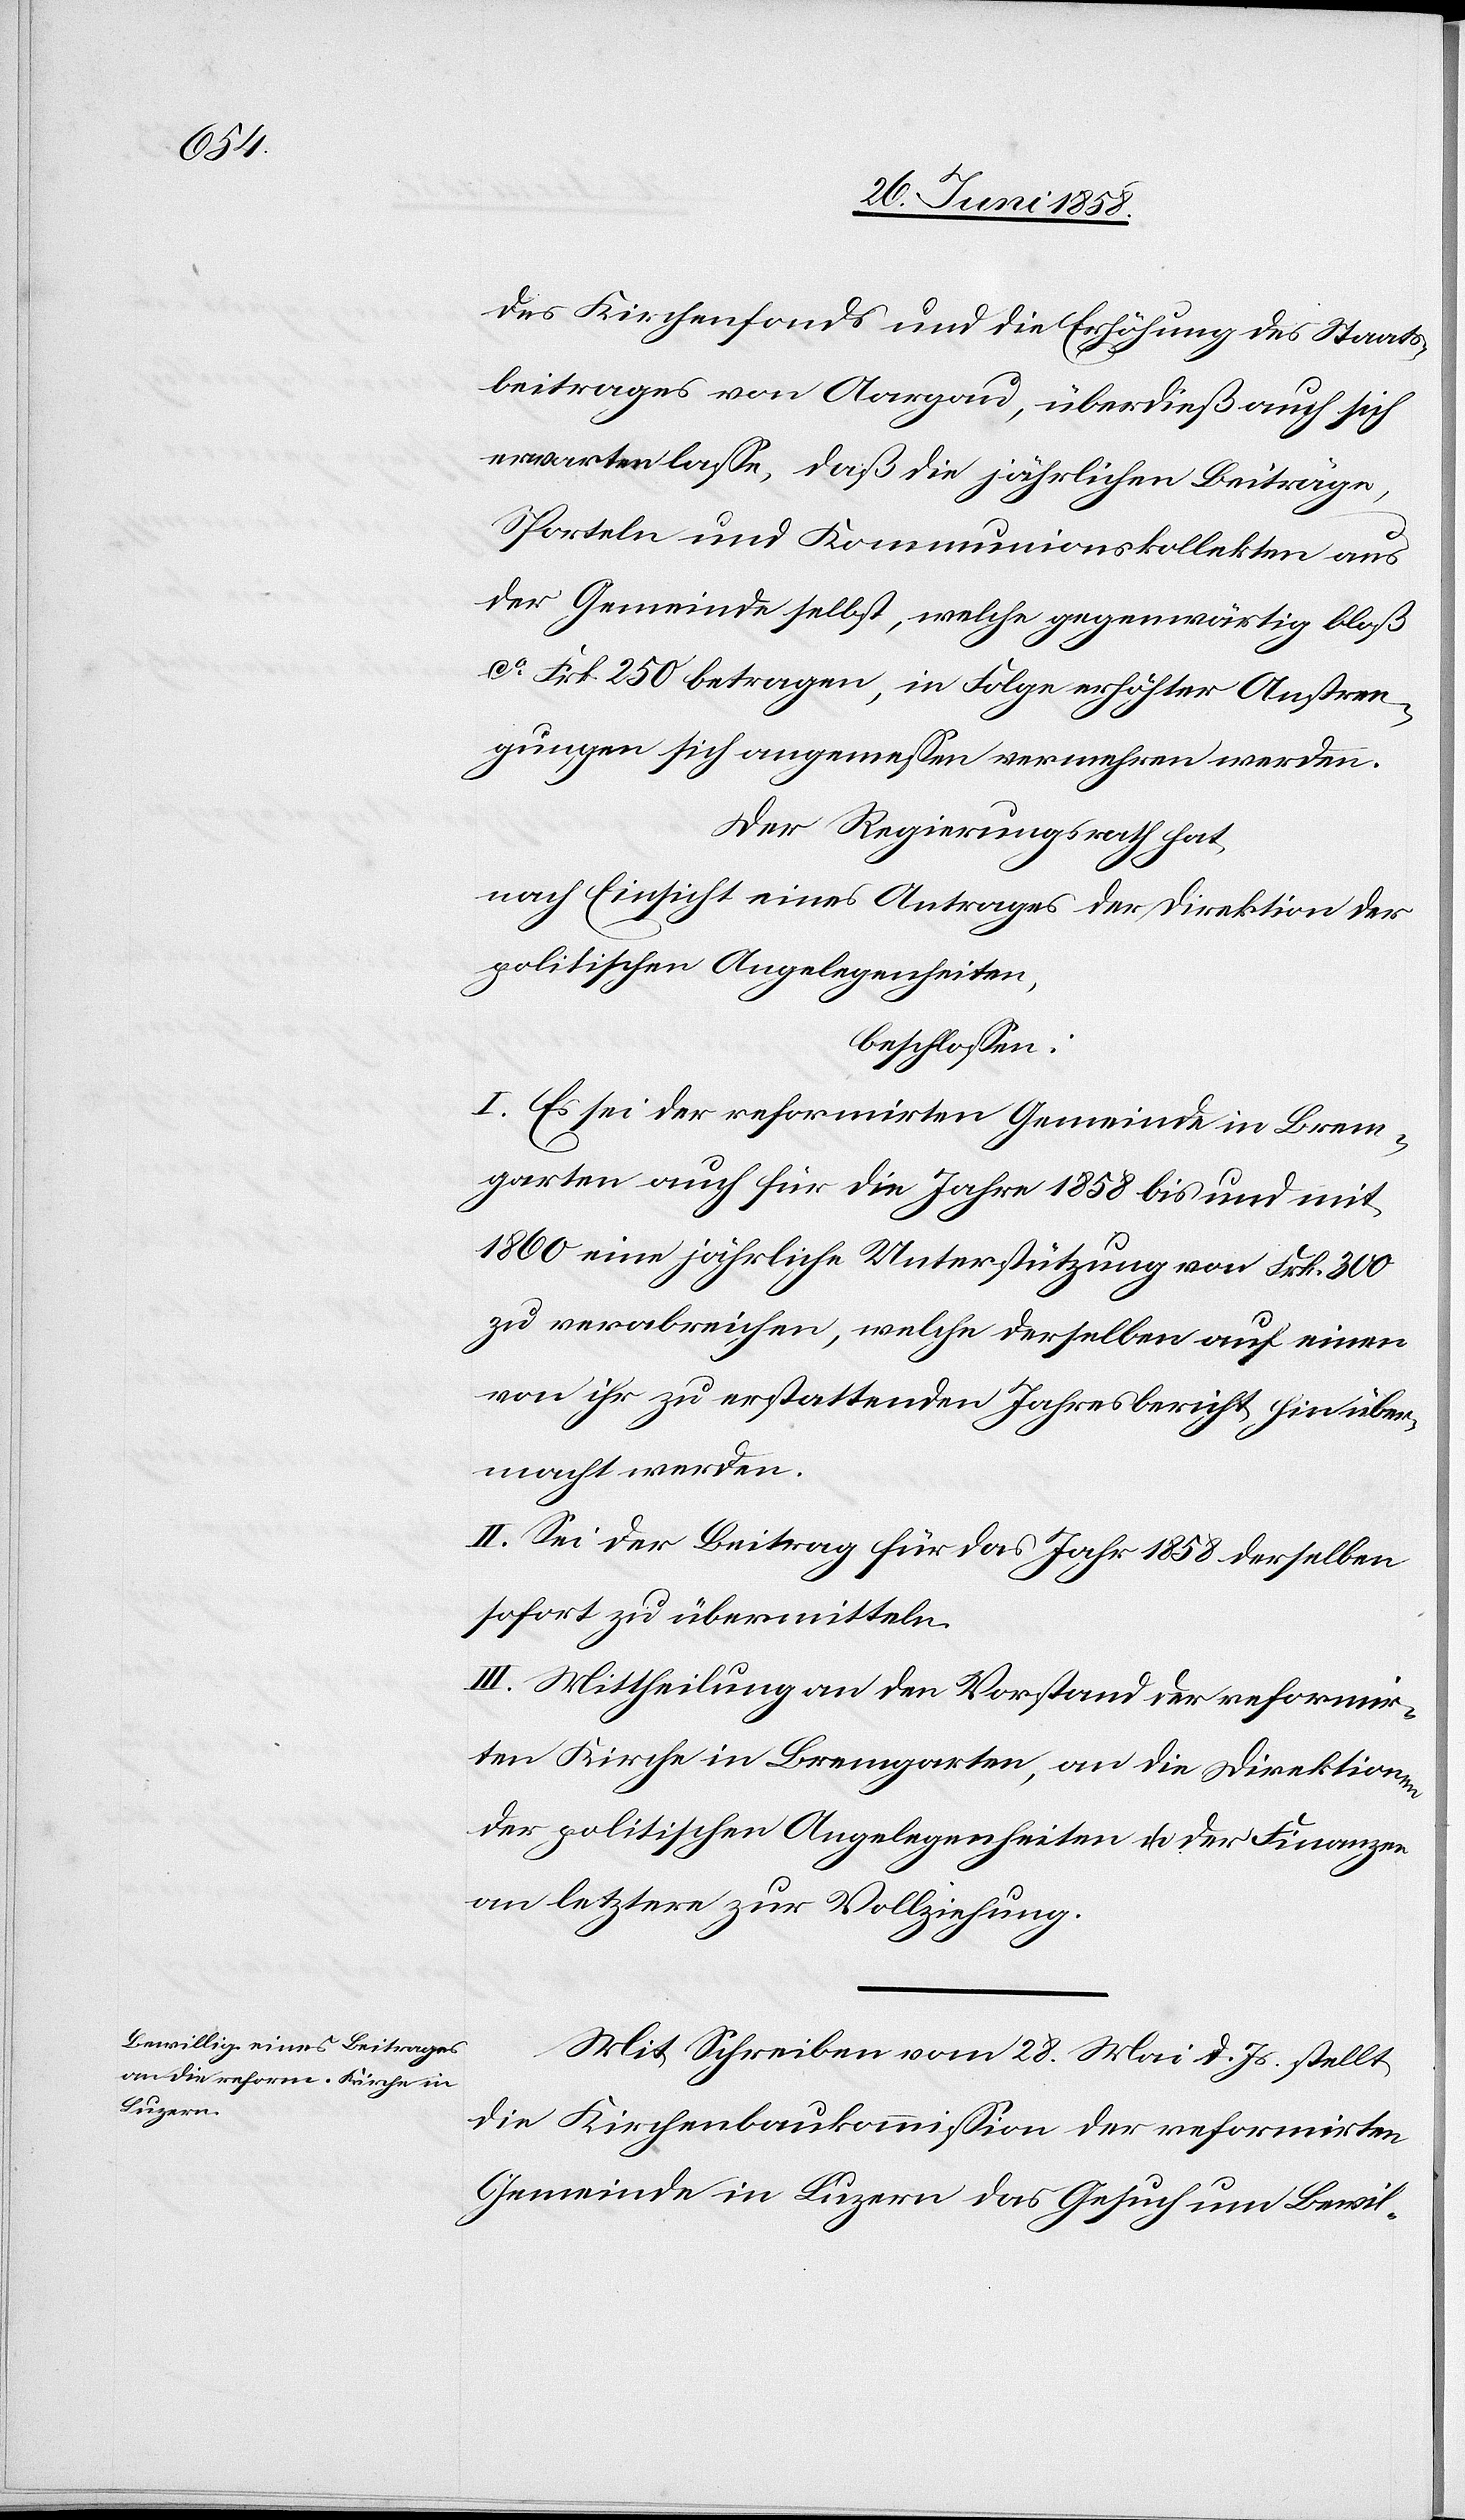
des Kirchenfonds und die Erhöhung des Staats¬
beitrages von Aargau, überdieß auch sich
erwarten lasse, daß die jährlichen Beiträge,
Sporteln und Kommunionskollekten aus
der Gemeinde selbst, welche gegenwärtig bloß
ca Frk. 250 betragen, in Folge erhöhter Anstren¬
gungen sich angemessen vermehren werden.
Der Regierungsrath hat,
nach Einsicht eines Antrages der Direktion der
politischen Angelegenheiten,
beschlossen:
I. Es sei der reformirten Gemeinde in Brem¬
garten auch für die Jahre 1858 bis und mit
1860 eine jährliche Unterstützung von Frk. 300
zu verabreichen, welche derselben auf einen
von ihr zu erstattenden Jahresbericht hin über¬
macht werden.
II. Sei der Beitrag für das Jahr 1858 derselben
sofort zu übermitteln.
III. Mittheilung an den Vorstand der reformir¬
ten Kirche in Bremgarten, an die Direktionen
der politischen Angelegenheiten u. der Finanzen
an letztere zur Vollziehung.
Mit Schreiben vom 28. Mai d. Js. stellt
die Kirchenbaukommission der reformirten
Gemeinde in Luzern das Gesuch um Bewil-